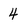
Character: 4